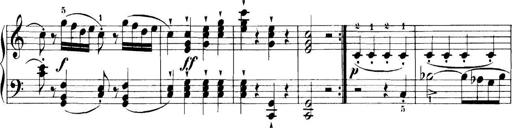
Title: 11 Sonatinas
Composer: Anton Diabelli